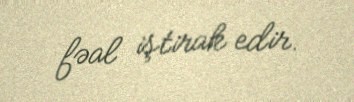
fəal iştirak edir.